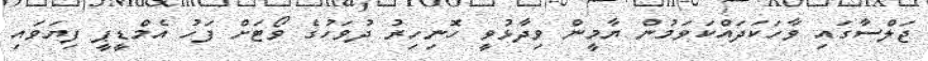
ޖަލްސާގައި ވާހަކަދައްކަވަމުން ޔާމީން ވިދާޅުވީ ހޮނިހިރު ދުވަހުގެ ވޯޓަށް ފަހު އެމްޑީޕީ ފިޔަވައި